Annual returns of the Patna Lunatic Asylum at Bankipore in Bihar and Orissa - 1912-1924
Year: 1912
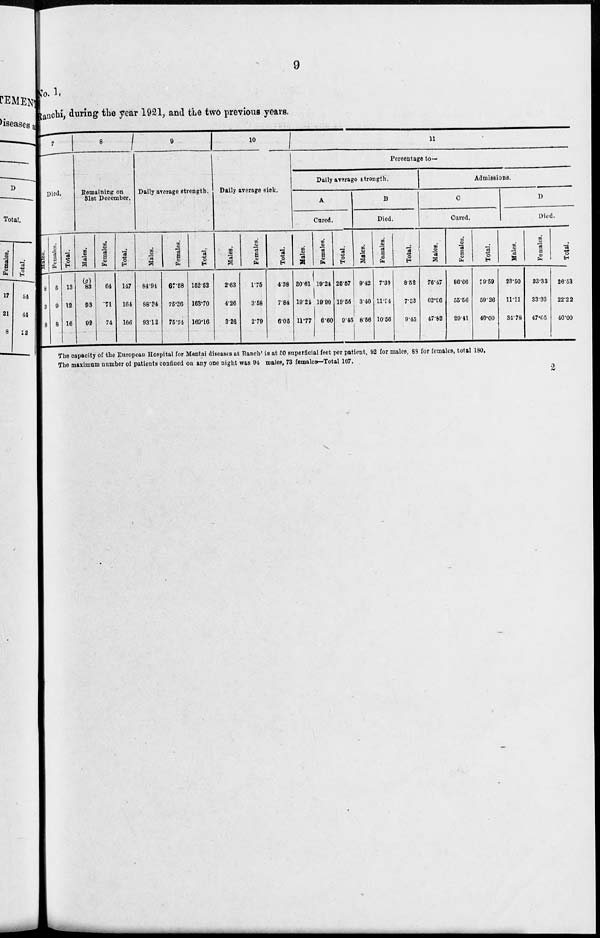
9
No. 1.
Ranchi, during the year 1921, and the two previous years.
7
Died.
Males.
8
3
8
Females.
5
9
8
Total.
13
12
16
8
Remaining on
31st December.
Males.
(g)
83
93
92
Females.
64
71
74
Total.
147
164
166
9
Daily average strength.
Males.
84.94
88.34
93.12
Females.
67.58
75.36
75.74
Total.
152.52
163.70
169.16
10
Daily average sick.
Males.
2.63
4.26
9.26
Females.
1.75
3.58
2.79
Total.
4.38
7.84
6.05
11
Percentage to-
Daily average strength.
A
Cured.
Hales.
30.61
19.24
11.77
Females.
19.24
19.90
6.60
Total.
25.57
19.55
9.45
B
Died.
Males.
9.42
3.40
8.56
Females.
7.39
11.94
10.56
Total.
8.52
7.33
9.45
Admissions.
C
Cured.
Males.
76.47
62.96
47.82
Females.
86.66
55.56
29.41
Total.
79.59
59.26
40.00
D
Died.
Males.
23.50
11.11
34.78
Females.
33.33
33.33
47.05
Total.
26.53
22.22
40.00
The capacity of the European Hospital for Mentai diseases at Ranchi is at 50 superficial feet per patient, 92 for males, 89 for females, total 180,
The maximum number of patients confined on any one night was 94 males, 73 females-Total 167.
2